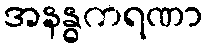
အနန္ဓကရဏာ